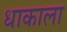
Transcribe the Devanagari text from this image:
धाकाला